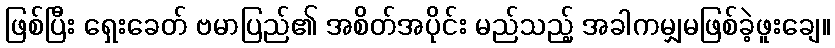
ဖြစ်ပြီး ရှေးခေတ် ဗမာပြည်၏ အစိတ်အပိုင်း မည်သည့် အခါကမျှမဖြစ်ခဲ့ဖူးချေ။